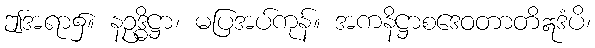
ဤအရာ၌။ နဥဒ္ဓိဋ္ဌာ၊ မပြအပ်ကုန်။ အကနိဋ္ဌာစဒေဝတာတိဣဒံပိ၊